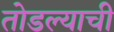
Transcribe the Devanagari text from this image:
तोडल्याची